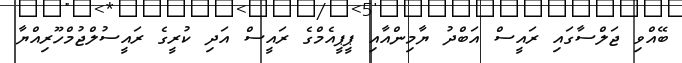
ބޭއްވި ޖަލްސާގައި ރައީސް އަބްދު ޔާމިންއާއި ޕީޕީއެމްގެ ރައީސް އަދި ކުރީގެ ރައީސުލްޖުމްހޫރިއްޔާ